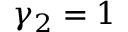
\gamma _ { 2 } = 1